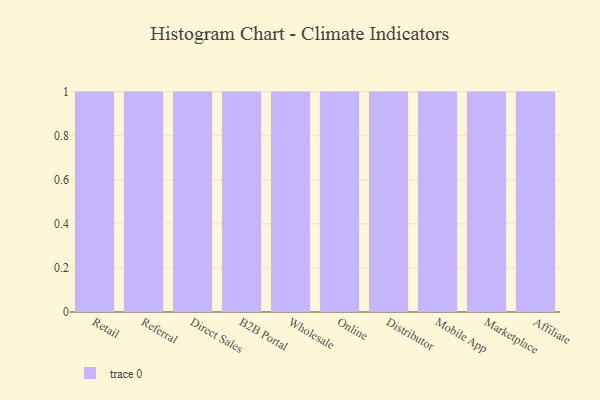
{"axis": {"x": "Channel", "y": "Waste Production (Tons)"}, "legend": [""], "data": [{"x": "Retail", "y": 41, "type": ""}, {"x": "Referral", "y": 77, "type": ""}, {"x": "Direct Sales", "y": 75, "type": ""}, {"x": "B2B Portal", "y": 19, "type": ""}, {"x": "Wholesale", "y": 100, "type": ""}, {"x": "Online", "y": 45, "type": ""}, {"x": "Distributor", "y": 79, "type": ""}, {"x": "Mobile App", "y": 67, "type": ""}, {"x": "Marketplace", "y": 70, "type": ""}, {"x": "Affiliate", "y": 6, "type": ""}]}